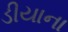
ડીયાના